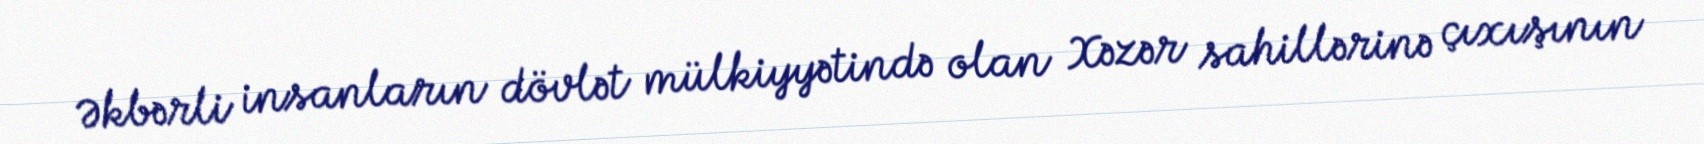
Əkbərli insanların dövlət mülkiyyətində olan Xəzər sahillərinə çıxışının